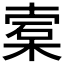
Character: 𬃖